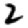
Digit: 2